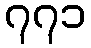
၇၇၁